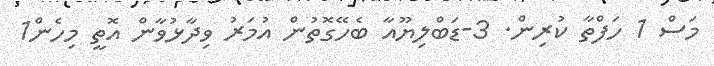
މަސް 1 ހަފްތާ ކުރިން. 3-ޑަބްލިޔޫއާ ބެހޭގޮތުން އުމަރު ވިދާޅުވާން އޮތީ މިހެން1